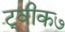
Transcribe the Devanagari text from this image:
ट्वीक७